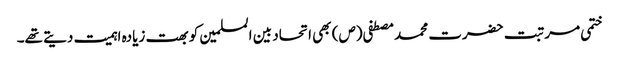
ختمی مرتبت حضرت محمد مصطفی (ص) بھی اتحاد بین المسلمین کو بھت زیادہ اہمیت دیتے تھے۔